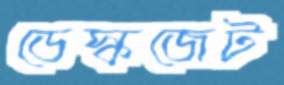
ডেস্কজেট